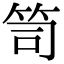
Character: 笥